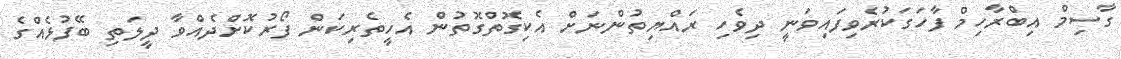
ގާސިމް އިބްރާހިމް ފާހަގަކުރެވިފައިވަނީ ދިވެހި ރައްޔިތުންނަށް އެކިގޮތްގޮތުން އެހީތެރިކަން ފޯރުކޮށްދެއްވާ ދީލަތި ބޭފުޅެއްގެ